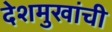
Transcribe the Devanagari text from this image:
देशमुखांची